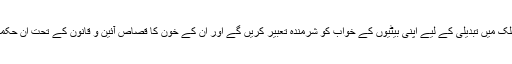
مگر ہم نے حوصلہ نہیں ہارا، ہم اس ملک میں تبدیلی کے لیے اپنی بیٹیوں کے خواب کو شرمندہ تعبیر کریں گے اور ان کے خون کا قصاص آئین و قانون کے تحت ان حکمرانوں کو تختہ دار پر لٹکا کر لیں گے۔